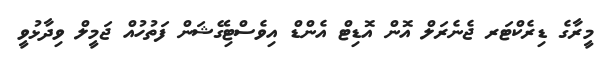
މީރާގެ ޑިރެކްޓަރ ޖެނެރަލް އޮން އޮޑިޓް އެންޑް އިވެސްޓިގޭޝަން ފަތުހުއް ޖަމީލް ވިދާޅުވީ